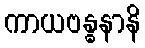
ကာယဗန္ဓနာနိ